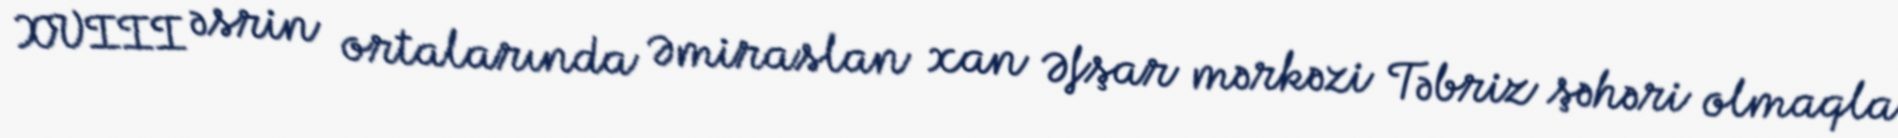
XVIII əsrin ortalarında Əmiraslan xan Əfşar mərkəzi Təbriz şəhəri olmaqla